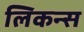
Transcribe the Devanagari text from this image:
लिकन्स